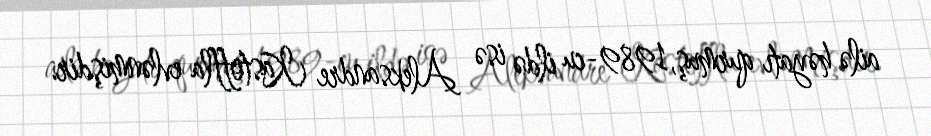
ailə həyatı qurmuş, 1989-cu ildə isə Aleksandre Kastoffla evlənmişdir.